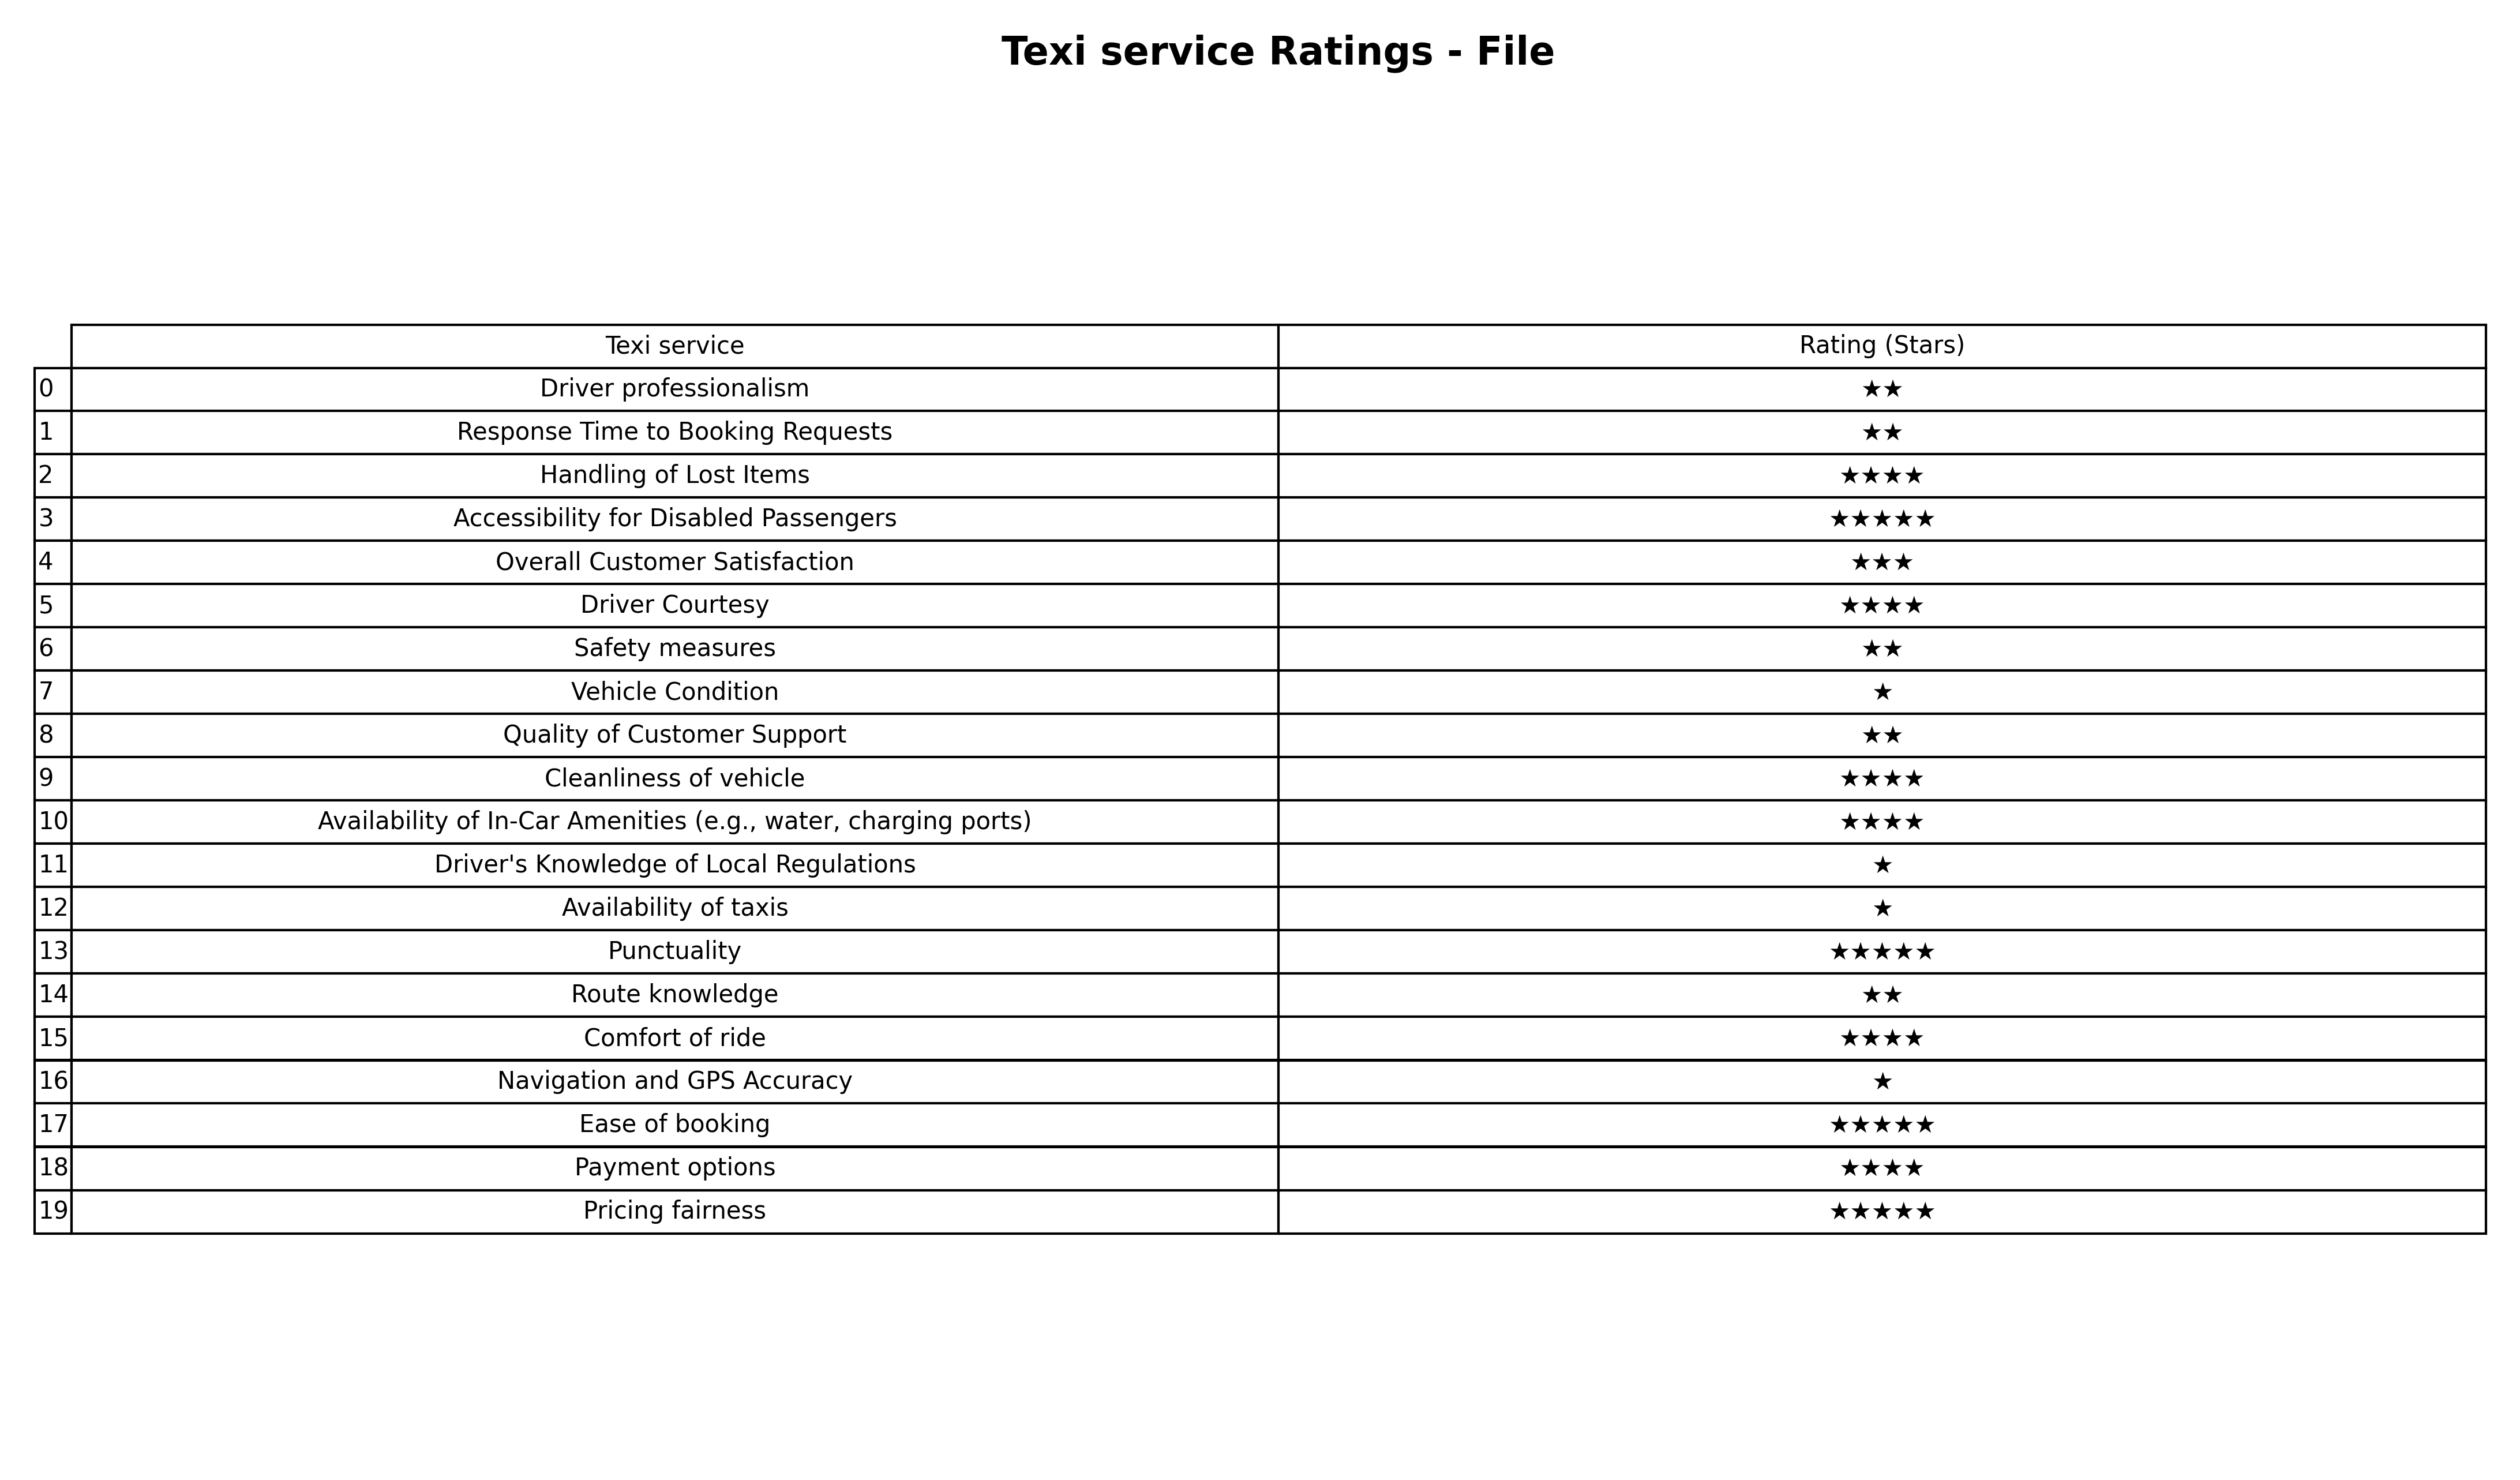
question: What is the rating of Safety measures?
answer: ★★